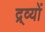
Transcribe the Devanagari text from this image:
द्र्व्यों